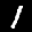
Label: 1